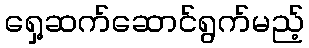
ရှေ့ဆက်ဆောင်ရွက်မည့်